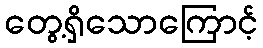
တွေ့ရှိသောကြောင့်